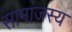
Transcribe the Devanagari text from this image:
सामांजस्य